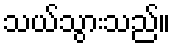
သယ်သွားသည်။